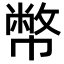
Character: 幣